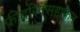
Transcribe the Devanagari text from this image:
फ्रीदरिक्सहाफेन